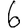
Digit: 6